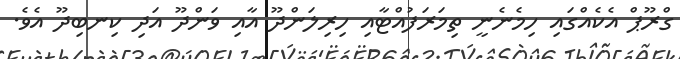
ގްރޫޕް އެކެއްގައި ހިމެނެނީ ތިމަރަފުއްޓާއި ހިރިލަންދޫ އާއި ވަންދޫ އަދި ކިނބިދޫ އެވެ.